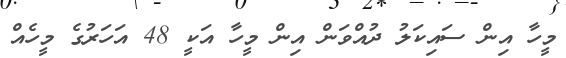
މީހާ އިން ސައިކަލު ދުއްވަން އިން މީހާ އަކީ 48 އަހަރުގެ މީހެއް